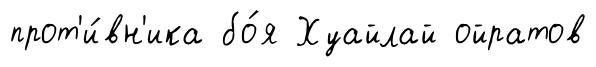
прот'и́вн'ика бо́я Хуайлай ойратов